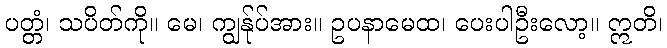
ပတ္တံ၊ သပိတ်ကို။ မေ၊ ကျွန်ုပ်အား။ ဥပနာမေထ၊ ပေးပါဦးလော့။ ဣတိ၊